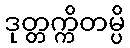
ဒုတ္တက္ကိတမ္ပိ